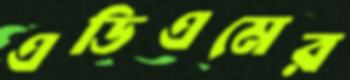
এডিএমের